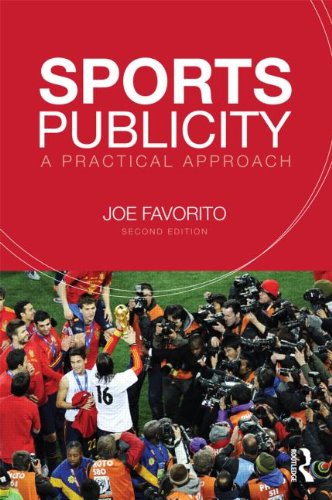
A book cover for Sports Publicity: A Practical Approach; Joe Favorito; Business & Money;